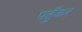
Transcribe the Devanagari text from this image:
पहुँकर